65_HS1-834228961_62-HQ-83894_Section_9
Agency: FBI
Page 262
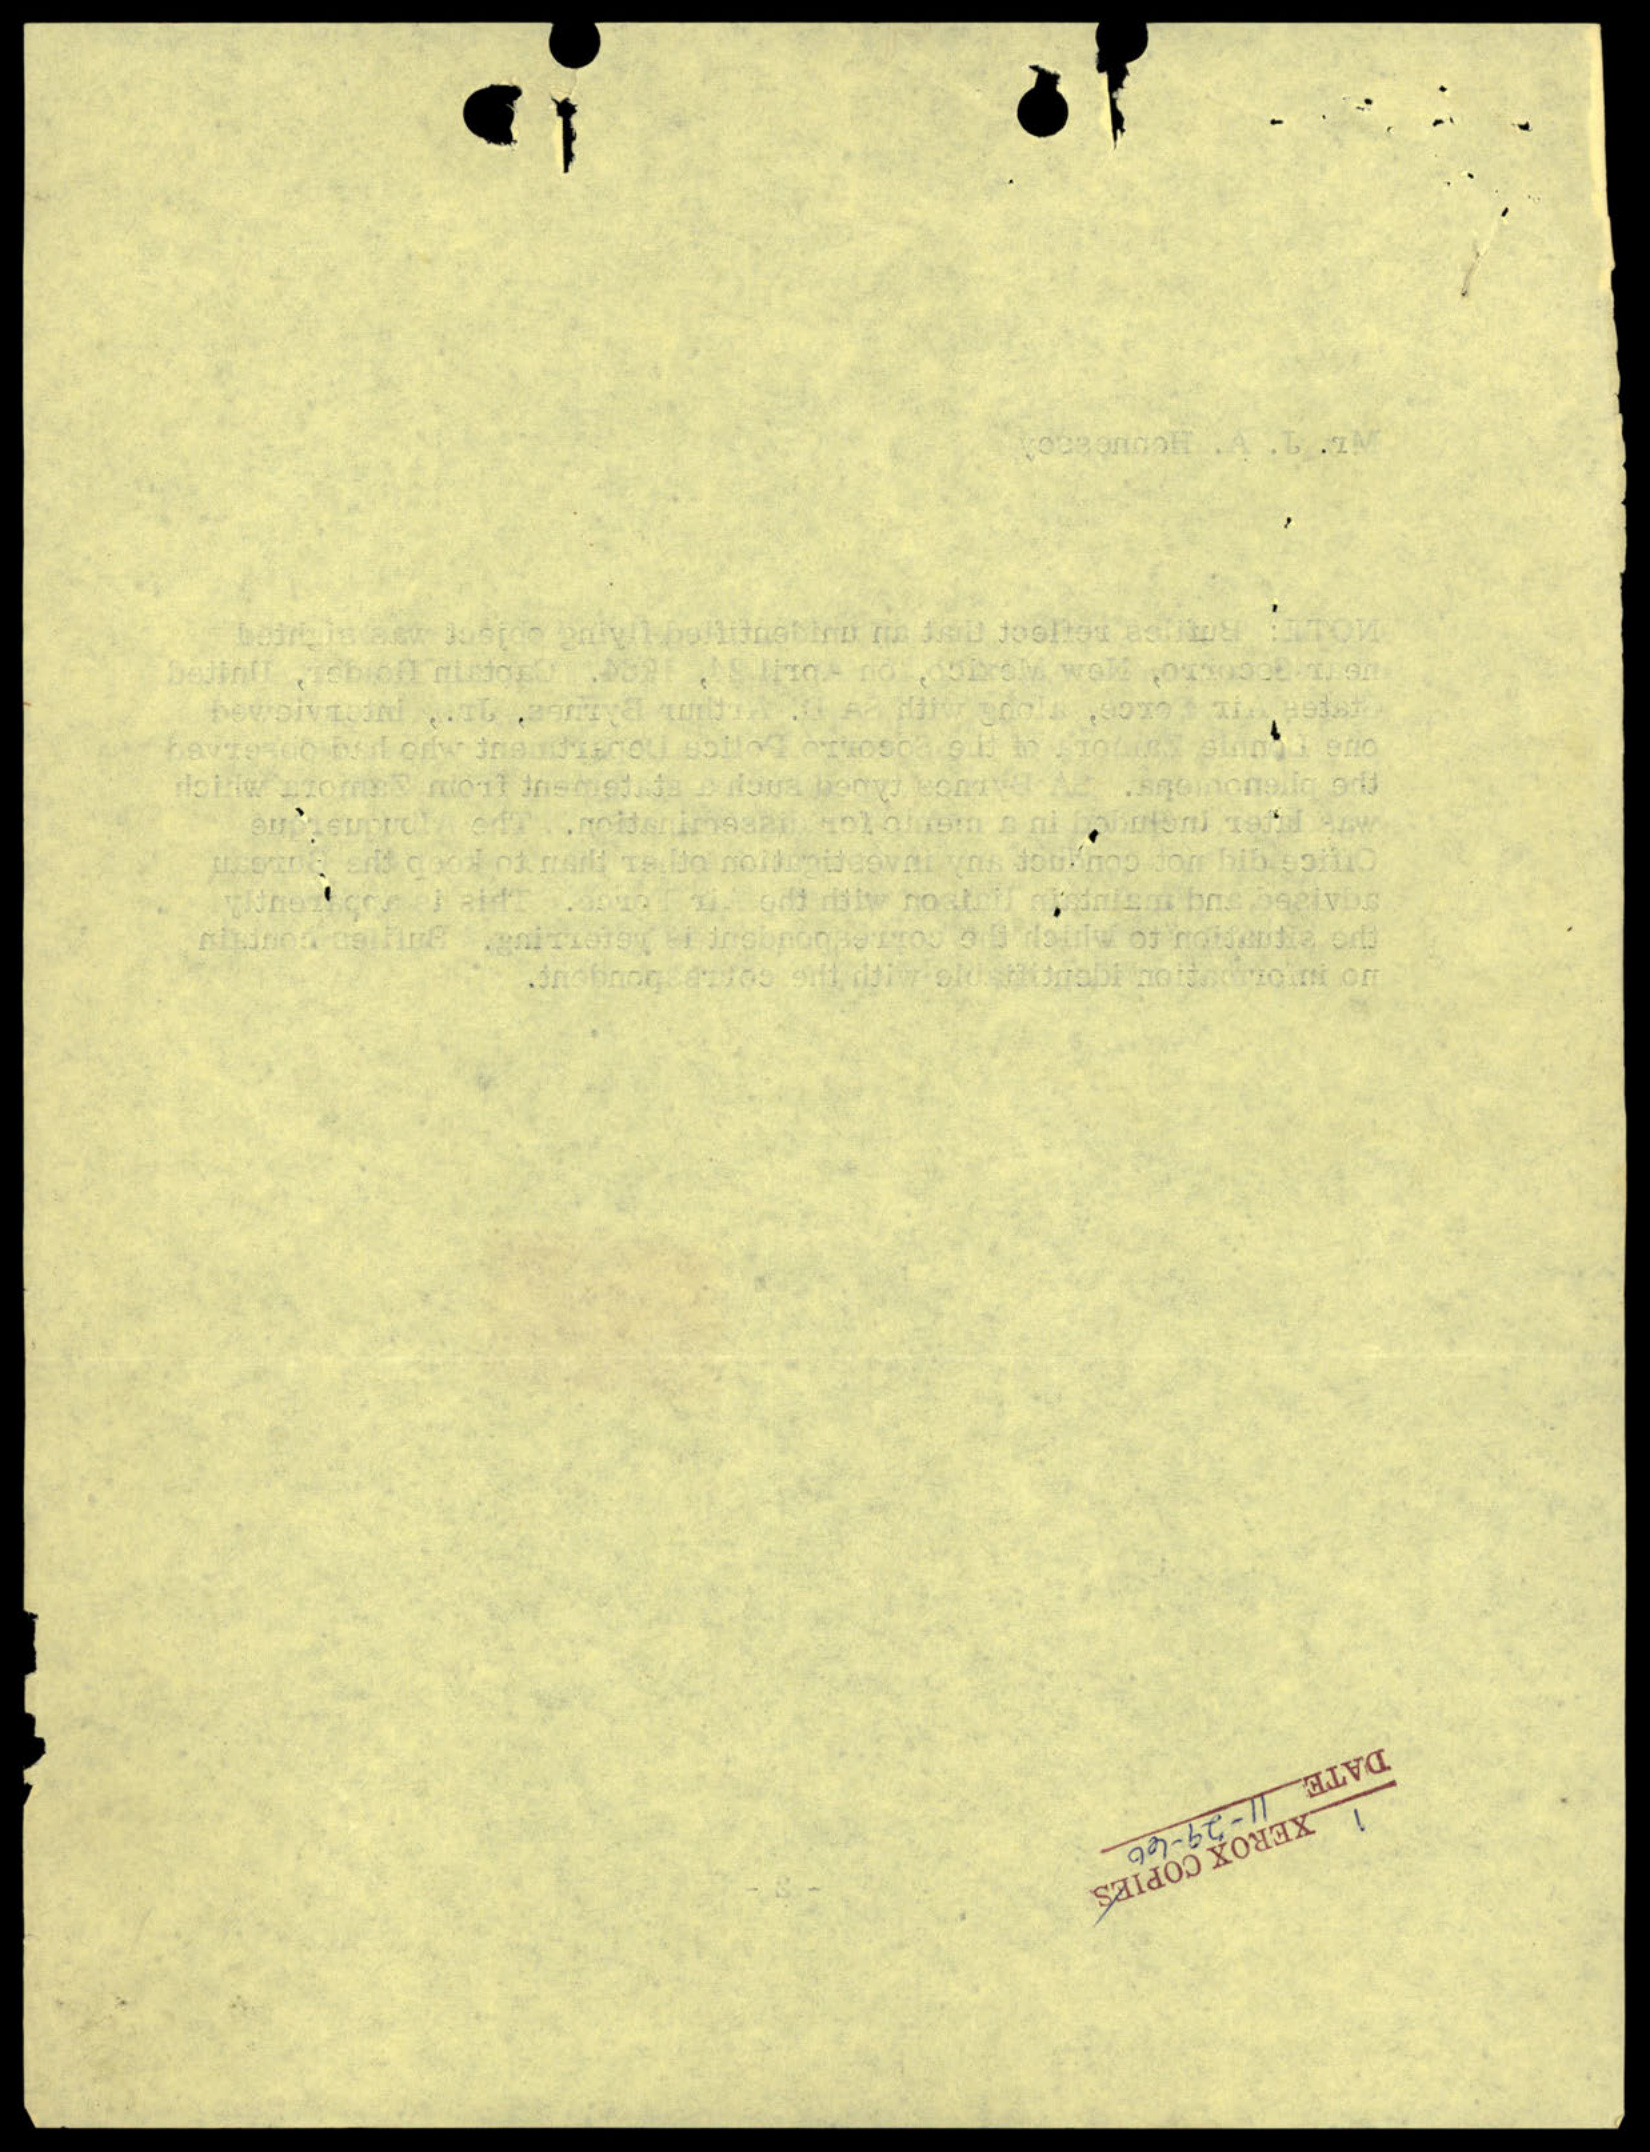